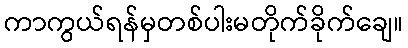
ကာကွယ်ရန်မှတစ်ပါးမတိုက်ခိုက်ချေ။